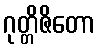
ဂုတ္တိဇိတော